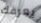
يعرفك